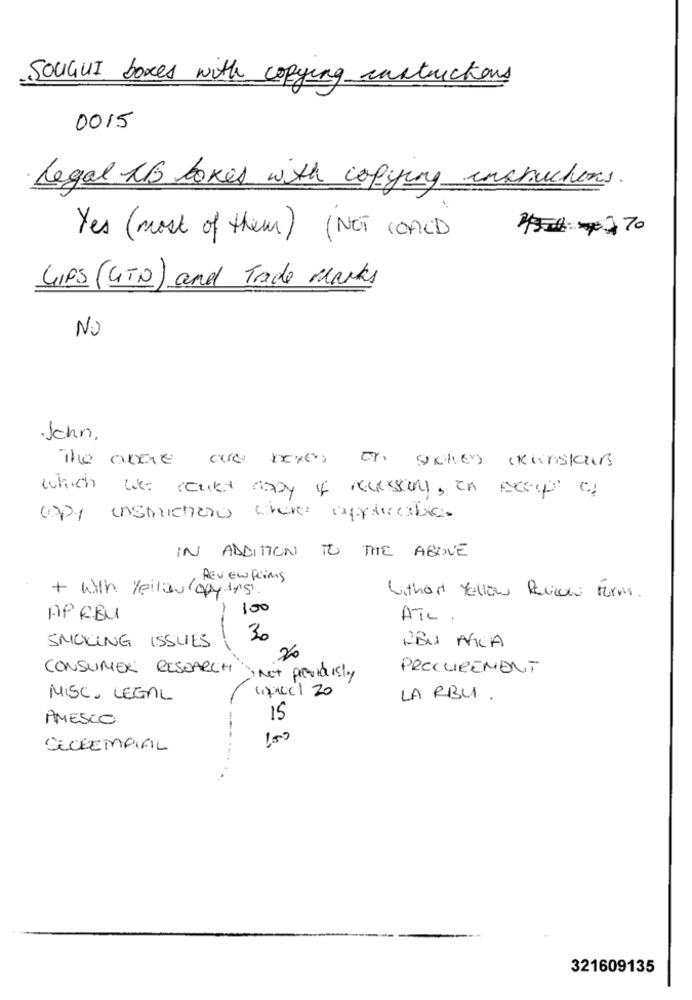
SOUGUI boxes with copying instructions
0015
Legal NB lokes with copying instructions.
4 370
Yes (most of them) (NOT COALD
GIPS (GITO) and Trade Marks
NO
John.
The ange are boxes on solver kunstaus
which we really mapy if necessary, in except of
copy instructions where applicable.
IN ADDITION TO THE ABOVE
REV EW fliMS
+ with yellow apy 1/5.
Withart Yellow Review Form.
100
APRBU
ATL .
30
NEU AGCA
SMOKING ISSUES
.26
CONSUMER RESEARCH
PROCUREMENT
Not previously
apreci 20
MISC. LEGAIL
LA RBU .
AMESCO
15
150
321609135